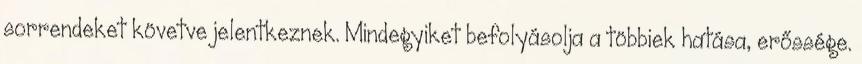
sorrendeket követve jelentkeznek. Mindegyiket befolyásolja a többiek hatása, erőssége.